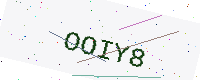
Text: OOIY8